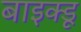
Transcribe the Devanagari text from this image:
बाइक्डू